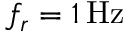
f _ { r } = 1 \, \mathrm { H z }